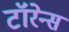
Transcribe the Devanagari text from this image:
टॉरेन्स